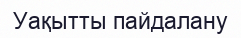
Уақытты пайдалану